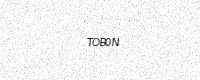
Text: TOB0N